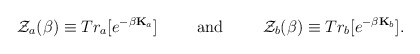
\begin{align*}{\cal Z}_a(\beta)\equiv Tr_a[e^{-\beta{\bf K}_a}]\hspace{1cm} {\rm and} \hspace{1cm}{\cal Z}_b(\beta)\equiv Tr_b[e^{-\beta{\bf K}_b}]. \end{align*}